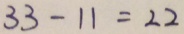
3 3 - 1 1 = 2 2